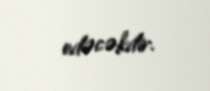
edəcəkdir.